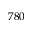
7 8 0